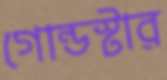
গোল্ডস্টার